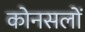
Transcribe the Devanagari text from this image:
कोनसलों